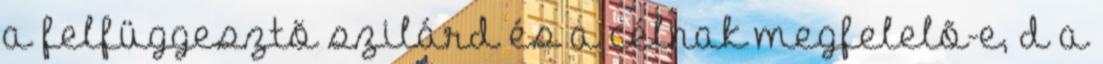
a felfüggesztõ szilárd és a célnak megfelelõ-e, d a